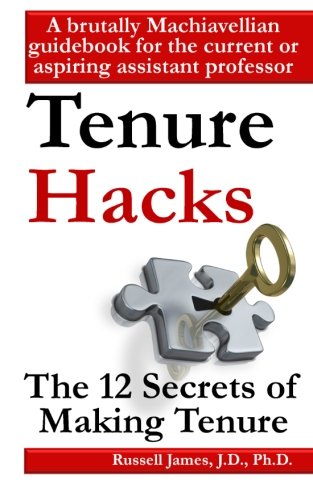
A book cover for Tenure hacks: The 12 secrets of making tenure; Russell James; Education & Teaching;